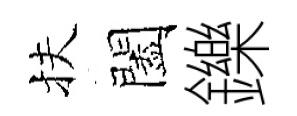
扶闔鑠